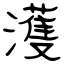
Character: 濩